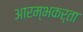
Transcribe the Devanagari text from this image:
आरम्भकर्ता